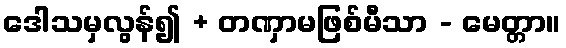
ဒေါသမှလွန်၍ + တဏှာမဖြစ်မီသာ - မေတ္တာ။